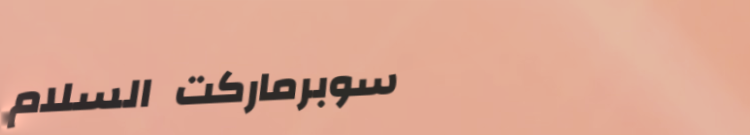
سوبرماركت السلام